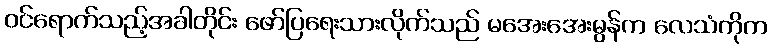
ဝင်ရောက်သည့်အခါတိုင်း ဖော်ပြရေးသားလိုက်သည် မအေးအေးမွန်က လေသံကိုက